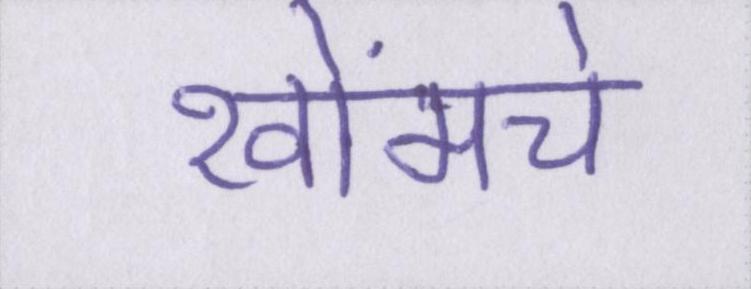
खोंमचे